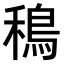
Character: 𫚴